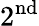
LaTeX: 2^{\mathrm{nd}}